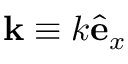
\mathbf { k } \equiv k \hat { \mathbf e } _ { x }